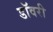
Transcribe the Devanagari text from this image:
डॉवरी